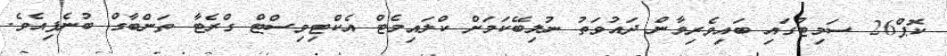
ކޮޕް26 ސަމިޓުގައި ބައިވެރިވާން ދައުވަތު ނުލިބޭކަމަށް ކްލައިމެޓް އެކްޓިވިސްޓް ގްރެޓާ ތަންބާގް ބުނެފިއެވެ.